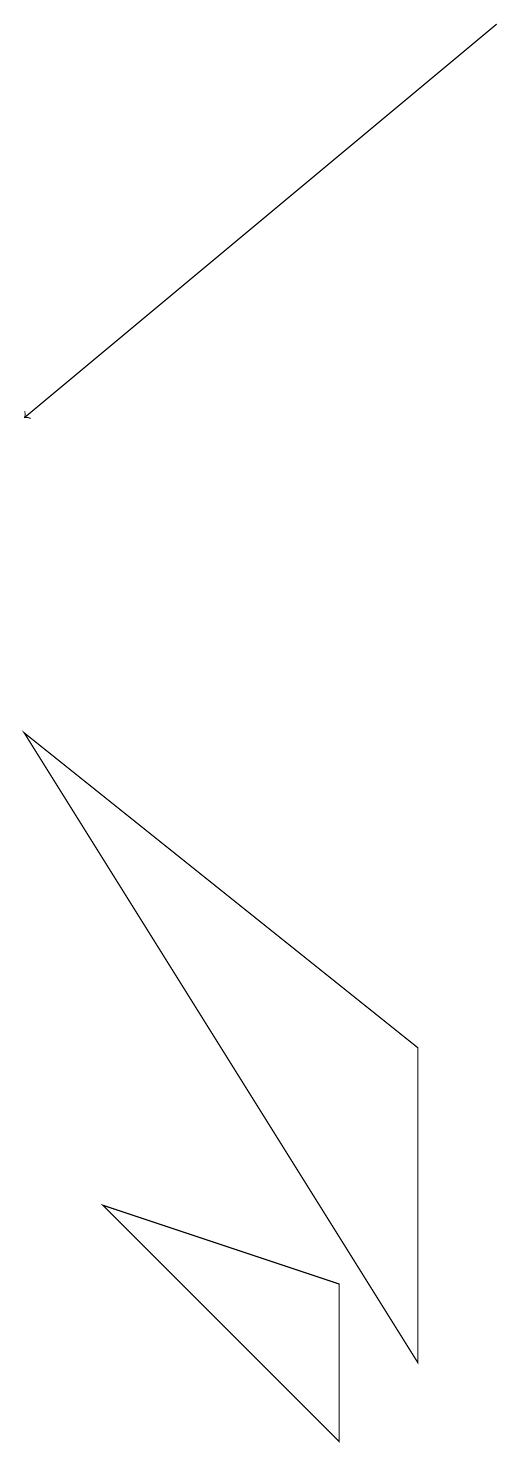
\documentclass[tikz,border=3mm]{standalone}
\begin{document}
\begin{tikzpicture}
\draw (4,3) -- (7,2) -- (7,0) -- cycle;
\draw (3,9) -- (8,1) -- (8,5) -- cycle;
\draw[->] (9,18) -- (3,13);
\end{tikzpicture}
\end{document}